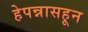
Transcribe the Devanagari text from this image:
हेपन्नासहून